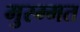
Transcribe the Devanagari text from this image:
मुरम्मत